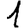
Digit: 1